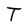
Character: T